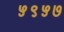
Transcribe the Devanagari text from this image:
५९५७